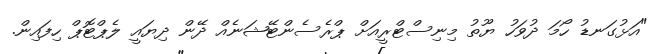
"އަޅުގަނޑު ހޯމަ ދުވަހު ޔޫތު މިނިސްޓްރީއަށް ޕްރެސެންޓޭޝަނެއް ދޭން ދިޔައީ ލެޕްޓޮޕް ހިފައިން.